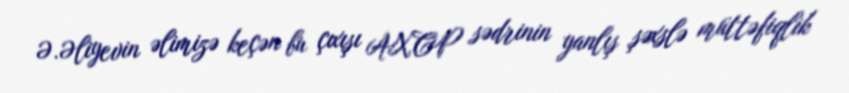
Ə.Əliyevin əlimizə keçən bu çıxışı AXCP sədrinin yanlış şəxslə müttəfiqlik